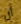
أن